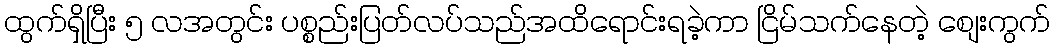
ထွက်ရှိပြီး ၅ လအတွင်း ပစ္စည်းပြတ်လပ်သည်အထိရောင်းရခဲ့ကာ ငြိမ်သက်နေတဲ့ စျေးကွက်